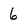
Character: 6